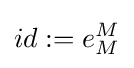
id:=e_{M}^{M}